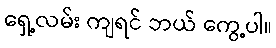
ရှေ့လမ်း ကျရင် ဘယ် ကွေ့ပါ။